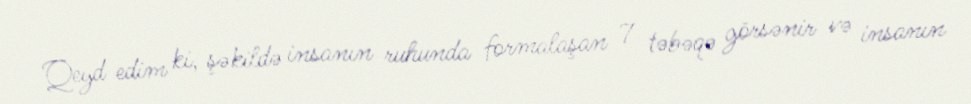
Qeyd edim ki, şəkildə insanın ruhunda formalaşan 7 təbəqə görsənir və insanın